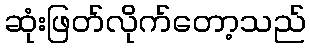
ဆုံးဖြတ်လိုက်တော့သည်